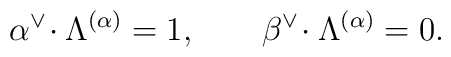
\alpha^{\vee}\!\cdot \Lambda^{(\alpha)} = 1, \qquad    \beta^{\vee}\!\cdot \Lambda^{(\alpha)} = 0.